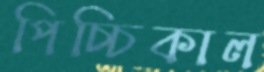
পিচ্চিকাল